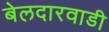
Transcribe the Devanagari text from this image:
बेलदारवाडी